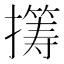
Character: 𫾏